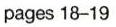
pages 18-19